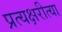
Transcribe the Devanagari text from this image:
प्रत्यक्षरीत्या